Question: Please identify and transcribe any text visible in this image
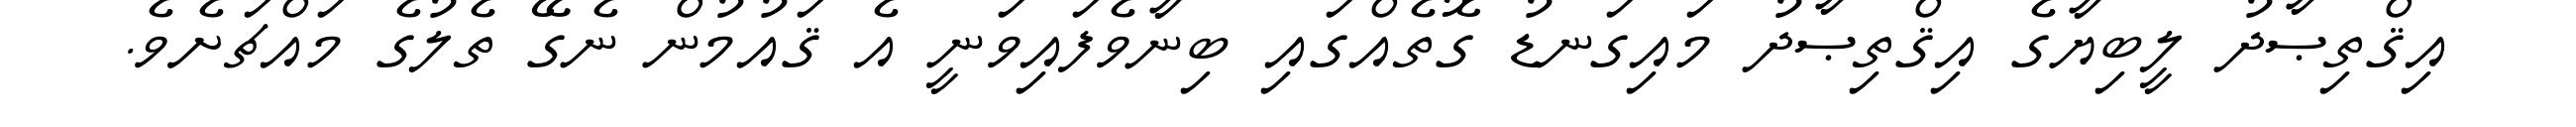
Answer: އިޤްތިޞާދު ލީބިޔާގެ އިޤްތިޞާދު މައިގަނޑު ގޮތެއްގައި ބިނާވެފައިވަނީ އެ ޤައުމުން ނެގޭ ތެލުގެ މައްޗަށެވެ.